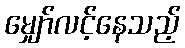
မျှော်လင့်နေသည့်